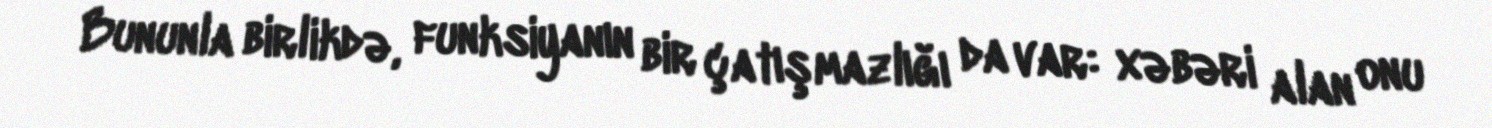
Bununla birlikdə, funksiyanın bir çatışmazlığı da var: xəbəri alan onu